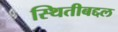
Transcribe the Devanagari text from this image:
स्थितीबद्दल